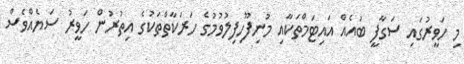
މި ހަވީރުގައި ސަގާފީ ބައެއް އައިޓަމްތަކާއި މުނިފޫހިފިލުވުމުގެ ހަރަކާތްތަކުގެ އިތުރުން ހަވީރު ސަޔެއްވެސް